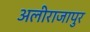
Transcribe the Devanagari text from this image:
अलीराजापुर